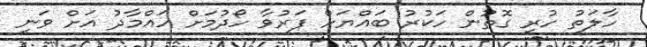
ހާލަތު ހުރި ގޮތުން ހަކުރު ބައްޔަށް ފަރުވާ ހޯދުމަށް ހައްމާދު އަށް ވަނީ